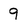
Character: 9